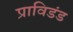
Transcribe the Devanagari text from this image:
प्राविडंड